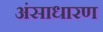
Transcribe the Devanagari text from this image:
अंसाधारण